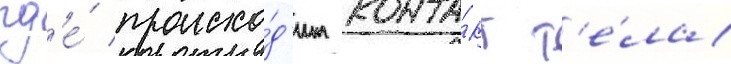
гд'е́ происхо́д'ит конта́кт т'е́ла